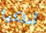
أملكها